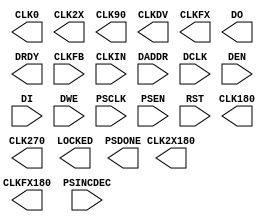
// $Header: /devl/xcs/repo/env/Databases/CAEInterfaces/xec_libs/data/unisims/DCM_ADV.v,v 1.3 2008/08/11 22:17:43 vandanad Exp $

`timescale  1 ps / 1 ps

module DCM_ADV (
        CLK0,
        CLK180,
        CLK270,
        CLK2X,
        CLK2X180,
        CLK90,
        CLKDV,
        CLKFX,
        CLKFX180,
        DO,
        DRDY,
        LOCKED,
        PSDONE,
        CLKFB,
        CLKIN,
        DADDR,
        DCLK,
        DEN,
        DI,
        DWE,
        PSCLK,
        PSEN,
        PSINCDEC,
        RST
);

parameter CLKDV_DIVIDE = 2.0;
parameter CLKFX_DIVIDE = 1;
parameter CLKFX_MULTIPLY = 4;
parameter CLKIN_DIVIDE_BY_2 = "FALSE";
parameter CLKIN_PERIOD = 10.0;                  // non-simulatable
parameter CLKOUT_PHASE_SHIFT = "NONE";
parameter CLK_FEEDBACK = "1X";
parameter DCM_AUTOCALIBRATION = "TRUE";
parameter DCM_PERFORMANCE_MODE = "MAX_SPEED";   // non-simulatable
parameter DESKEW_ADJUST = "SYSTEM_SYNCHRONOUS"; // non-simulatable
parameter DFS_FREQUENCY_MODE = "LOW";
parameter DLL_FREQUENCY_MODE = "LOW";
parameter DUTY_CYCLE_CORRECTION = "TRUE";
parameter FACTORY_JF = 16'hF0F0;                // non-simulatable
parameter PHASE_SHIFT = 0;
parameter SIM_DEVICE ="VIRTEX4";
parameter STARTUP_WAIT = "FALSE";               // non-simulatable

output CLK0;
output CLK180;
output CLK270;
output CLK2X180;
output CLK2X;
output CLK90;
output CLKDV;
output CLKFX180;
output CLKFX;
output DRDY;
output LOCKED;
output PSDONE;
output [15:0] DO;

input CLKFB;
input CLKIN;
input DCLK;
input DEN;
input DWE;
input PSCLK;
input PSEN;
input PSINCDEC;
input RST;
input [15:0] DI;
input [6:0] DADDR;

endmodule